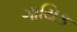
ગાયિક